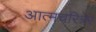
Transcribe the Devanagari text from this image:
आत्मचरित्रेर